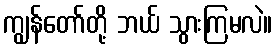
ကျွန်တော်တို့ ဘယ် သွားကြမလဲ။